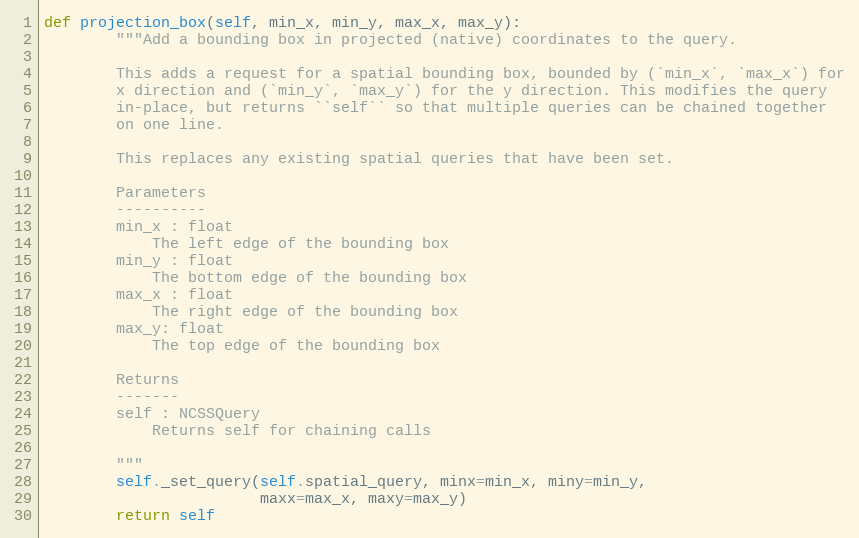
Language: Python
def projection_box(self, min_x, min_y, max_x, max_y):
        """Add a bounding box in projected (native) coordinates to the query.

        This adds a request for a spatial bounding box, bounded by (`min_x`, `max_x`) for
        x direction and (`min_y`, `max_y`) for the y direction. This modifies the query
        in-place, but returns ``self`` so that multiple queries can be chained together
        on one line.

        This replaces any existing spatial queries that have been set.

        Parameters
        ----------
        min_x : float
            The left edge of the bounding box
        min_y : float
            The bottom edge of the bounding box
        max_x : float
            The right edge of the bounding box
        max_y: float
            The top edge of the bounding box

        Returns
        -------
        self : NCSSQuery
            Returns self for chaining calls

        """
        self._set_query(self.spatial_query, minx=min_x, miny=min_y,
                        maxx=max_x, maxy=max_y)
        return self